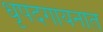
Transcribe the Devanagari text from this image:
धृपदगायनात